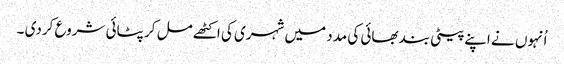
اُنہوں نے اپنے پیٹی بند بھائی کی مدد میں شہری کی اکٹھے مل کر پٹائی شروع کردی ۔